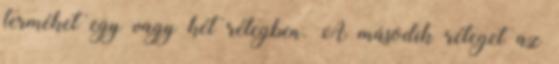
terméket egy vagy két rétegben. A második réteget az